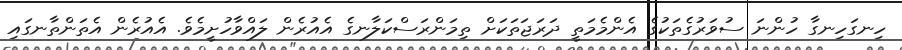
ހިނގަހިނގާ ހުންނަ ސުވަރުގެތަކުގެ އެންމެމަތީ ދަރަޖަތަކަށް ތިމަންރަސްކަލާނގެ އެއުރެން ލައްވާހުށީމެވެ. އެއުރެން އެތަންތާނގައި